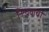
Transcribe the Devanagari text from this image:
निश्चयाची